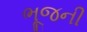
ભૂજની